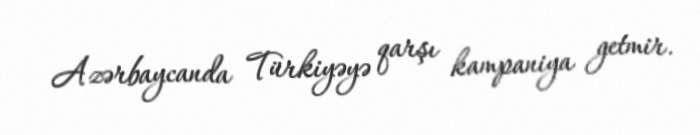
Azərbaycanda Türkiyəyə qarşı kampaniya getmir.